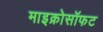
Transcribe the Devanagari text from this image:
माइक्रोसॉफट